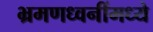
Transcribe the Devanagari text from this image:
भ्रमणध्वनींमध्ये